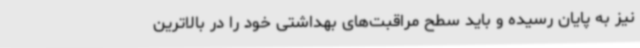
نیز به پایان رسیده و باید سطح مراقبت‌های بهداشتی خود را در بالاترین